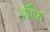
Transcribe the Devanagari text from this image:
ऑफि